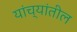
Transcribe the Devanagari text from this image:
यांच्यांतील